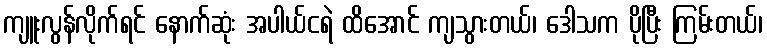
ကျူးလွန်လိုက်ရင် နောက်ဆုံး အပါယ်ငရဲ ထိအောင် ကျသွားတယ်၊ ဒေါသက ပိုပြီး ကြမ်းတယ်၊